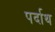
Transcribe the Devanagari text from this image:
पर्दाथ